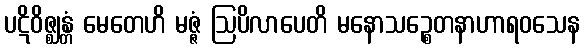
ပဋိဝိဇ္ဈန္တံ မေတေဟိ မဇ္ဇံ ဩပိလာပေတိ မနောသဉ္စေတနာဟာရဝသေန